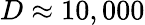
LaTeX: D\approx 10,000